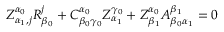
Z _ { \alpha _ { 1 } , j } ^ { \alpha _ { 0 } } R _ { \beta _ { 0 } } ^ { j } + C _ { \beta _ { 0 } \gamma _ { 0 } } ^ { \alpha _ { 0 } } Z _ { \alpha _ { 1 } } ^ { \gamma _ { 0 } } + Z _ { \beta _ { 1 } } ^ { \alpha _ { 0 } } A _ { \beta _ { 0 } \alpha _ { 1 } } ^ { \beta _ { 1 } } = 0